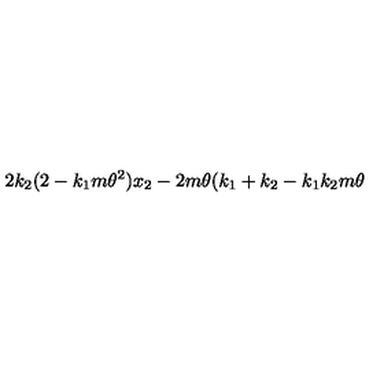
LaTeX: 2 k _ { 2 } ( 2 - k _ { 1 } m \theta ^ { 2 } ) x _ { 2 } - 2 m \theta ( k _ { 1 } + k _ { 2 } - k _ { 1 } k _ { 2 } m \theta